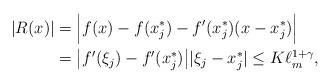
LaTeX: \begin{align*} |R(x)|&=\Big|f(x)-f(x_{j}^*)-f'(x_{j}^*)(x-x_{j}^*)\Big|\\ &=\big|f'(\xi_j)-f'(x_{j}^*)\big||\xi_j-x_{j}^*|\leq K\ell_m^{1+\gamma}, \end{align*}